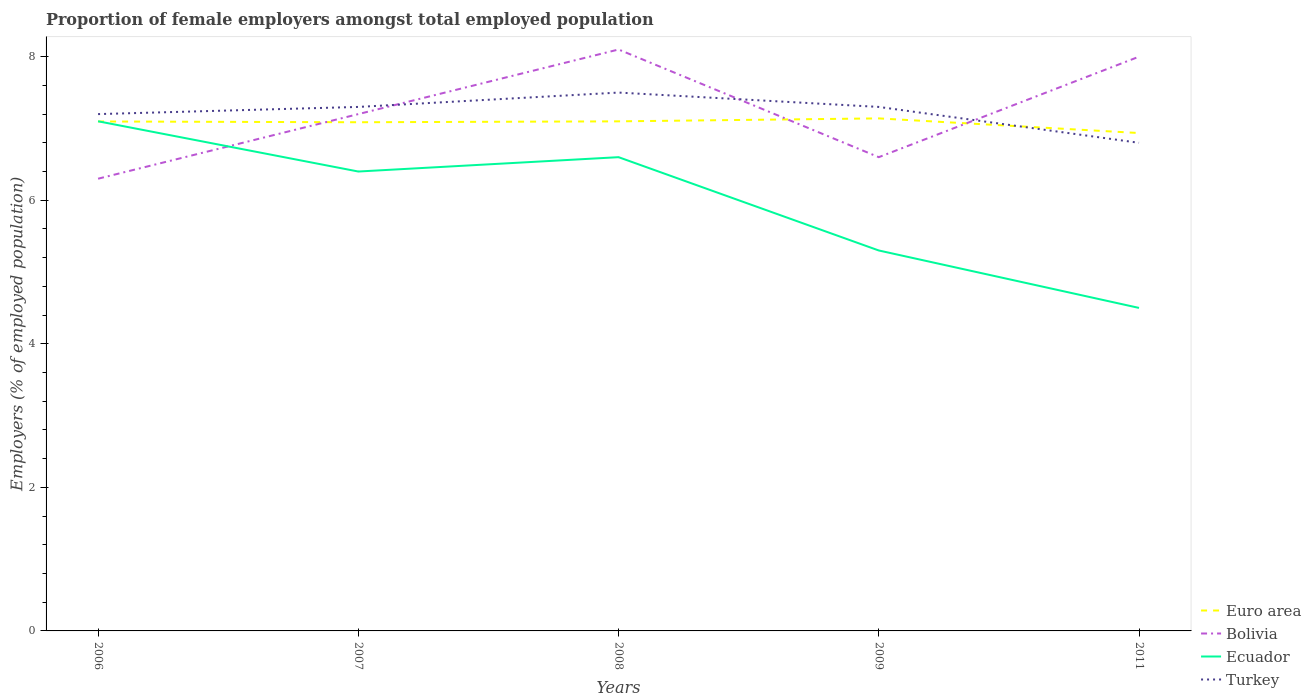
| Years | Euro area | Bolivia | Ecuador | Turkey |
 | --- | --- | --- | --- | --- |
 | 2006 | 7.1 | 6.3 | 7.1 | 7.2 |
 | 2007 | 7.09 | 7.2 | 6.4 | 7.3 |
 | 2008 | 7.1 | 8.1 | 6.6 | 7.5 |
 | 2009 | 7.14 | 6.6 | 5.3 | 7.3 |
 | 2011 | 6.94 | 8 | 4.5 | 6.8 |